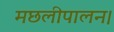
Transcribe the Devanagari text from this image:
मछलीपालन।